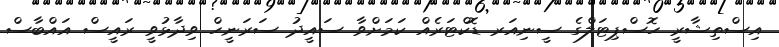
އިސްތިޝާރީ ހޮސްޕިޓަލްގެ ސީނިއަރ ޑޮކްޓަރެއް ކަމަށްވާ ސައީދު ސަރަނީހް ވިދާޅުވީ ރައީސް އައްބާސް